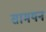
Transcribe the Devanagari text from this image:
सामयन